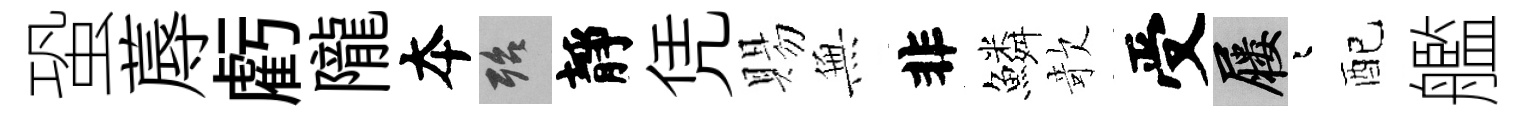
蛩蓐虧隴夲殆靜凭賜𭴾非鱗欹受屨迢配艦